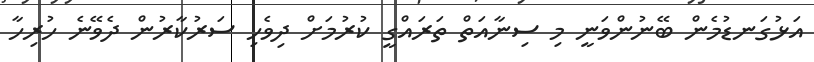
އަޅުގަނޑުމެން ބޭނުންވަނީ މި ސިނާއަތް ތަރައްގީ ކުރުމަށް ދިވެހި ސަރުކާރުން ދެވޭނެ ހުރިހާ